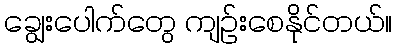
ချွေးပေါက်တွေ ကျဉ်းစေနိုင်တယ်။